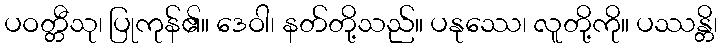
ပဝတ္တီသု၊ ပြုကုန်၏။ ဒေဝါ၊ နတ်တို့သည်။ ပနုဿေ၊ လူတို့ကို။ ပဿန္တိ၊